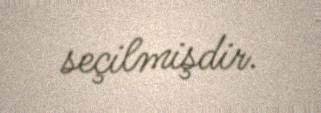
seçilmişdir.